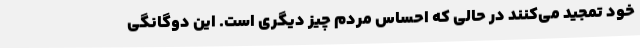
خود تمجید می‌کنند در حالی که احساس مردم چیز دیگری است. این دوگانگی